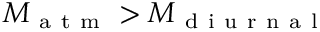
M _ { \mathrm { ~ a ~ t ~ m ~ } } > M _ { \mathrm { ~ d ~ i ~ u ~ r ~ n ~ a ~ l ~ } }